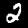
Label: 2